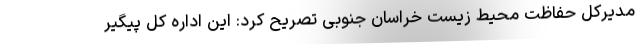
مدیرکل حفاظت محیط زیست خراسان جنوبی تصریح کرد: این اداره کل پیگیر